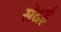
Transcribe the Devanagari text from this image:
सेंदई